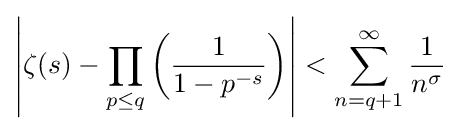
\left|\zeta (s)-\prod _{p\leq q}\left({\frac {1}{1-p^{-s}}}\right)\right|<\sum _{n=q+1}^{\infty }{\frac {1}{n^{\sigma }}}